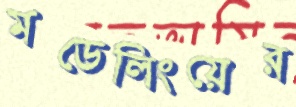
মডেলিংয়ের